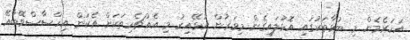
އަހަރެމެން މި ބުޅާތަކުގައި އޮޅުލައިގެން މިވަރުން އުޅޭއިރު މި އެއްޗެހިތަކަށް އެކަން އިހްސާސްވޭބާއޭ